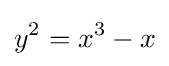
y^{2}=x^{3}-x